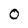
Character: 0